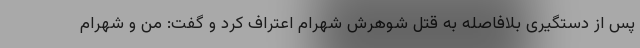
پس از دستگیری بلافاصله به قتل شوهرش شهرام اعتراف کرد و گفت: من و شهرام